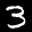
Label: 3